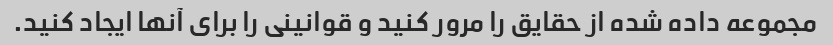
مجموعه داده شده از حقایق را مرور کنید و قوانینی را برای آنها ایجاد کنید.